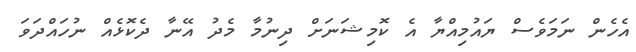
އެހެން ނަމަވެސް ޔައުމިއްޔާ އެ ކޮމިޝަނަށް ދިނުމާ މެދު އޭނާ ދެކޮޅެއް ނުހައްދަވަ